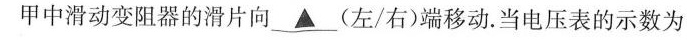
甲中滑动变阻器的滑片向 \underline{▲}(左/右)端移动。当电压表的示数为